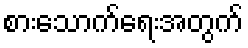
စားသောက်ရေးအတွက်